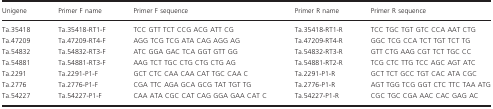
| Unigene | Primer F name | Primer F sequence | Primer R name | Primer R sequence |
 | --- | --- | --- | --- | --- |
 | Ta.35418 | Ta.35418-RT1-F | TCC GTT TCT CCG ACG ATT CG | Ta.35418-RT1-R | TCC TGC TGT GTC CCA AAT CTG |
 | Ta.47209 | Ta.47209-RT4-F | AGG TCG TCG ATA CAG AGG AG | Ta.47209-RT4-R | GGC TCG CCA TCT TGT TCT TG |
 | Ta.54832 | Ta.54832-RT3-F | ATC GGA GAC TCA GGT GTT GG | Ta.54832-RT3-R | GTT CTG AAG CGT TCT TGC CC |
 | Ta.54881 | Ta.54881-RT3-F | AAG TCT TGC CTG CTG CTG AG | Ta.54881-RT2-R | TCG CTC TTG TCC AGC AGT ATC |
 | Ta.2291 | Ta.2291-P1-F | GCT CTC CAA CAA CAT TGC CAA C | Ta.2291-P1-R | GCT TCT GCC TGT CAC ATA CGC |
 | Ta.2776 | Ta.2776-P1-F | CGA TTC AGA GCA GCG TAT TGT TG | Ta.2776-P1-R | AGT TGG TCG GGT CTC TTC TAA ATG |
 | Ta.54227 | Ta.54227-P1-F | CAA ATA CGC CAT CAG GGA GAA CAT C | Ta.54227-P1-R | CGC TGC CGA AAC CAC GAG AC |